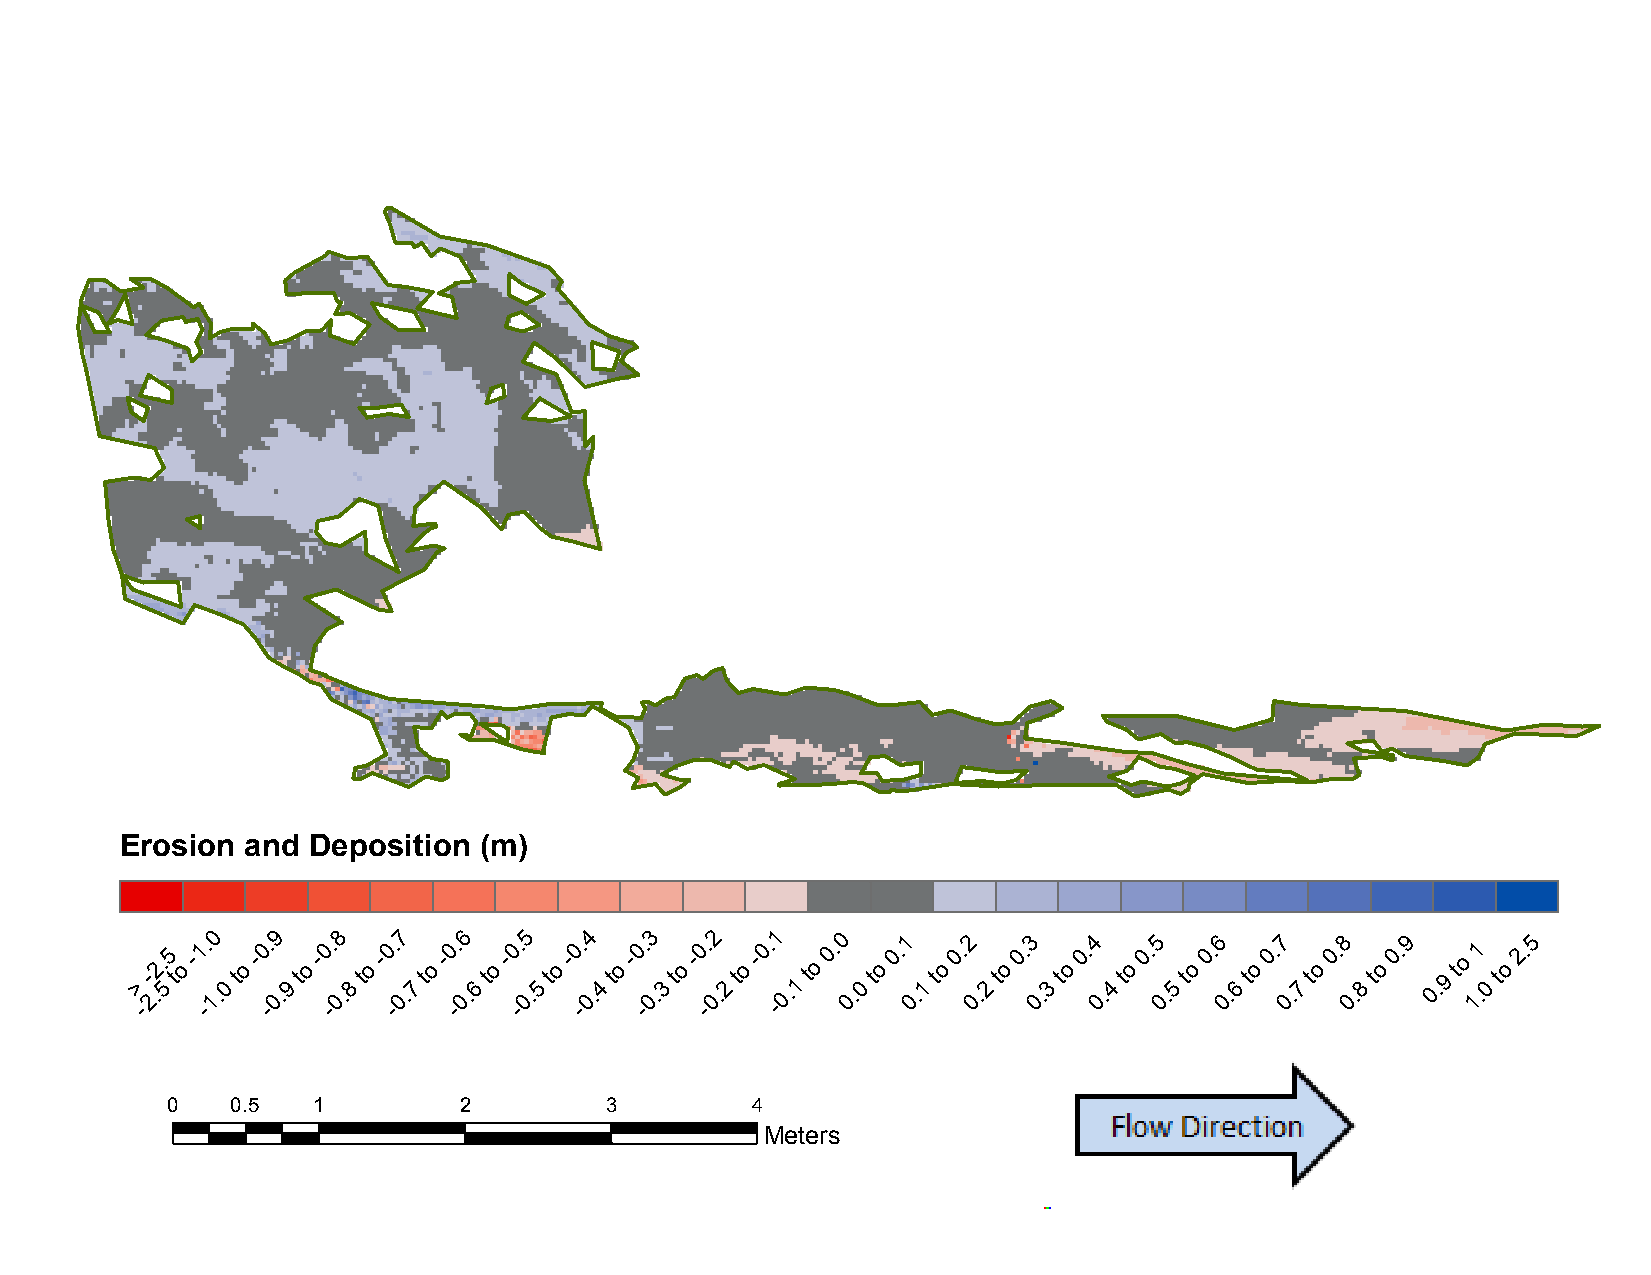
B15:     November           2012     to  November           2013
 Erosion and Deposition  (m)
 >
 -
 -
 2.2.
 5
 5
 t
 o
 -1 -. 10
 .0
 to
 -0 -. 09
 .9
 to
 -0 -. 08
 .8
 to
 -0 -. 07
 .7
 to
 -0 -. 06
 .6
 to
 -0 -. 05
 .5
 to
 -0 -. 04
 .4
 to
 -0 -. 03
 .3
 to
 -0 -. 02
 .2
 to
 -0. -1
 0.1
 to
 0. 0
 0.
 0
 to
 0.1
 0
 .1
 to
 0.2
 0
 .2
 to
 0.3
 0
 .3
 to
 0.4
 0.
 4
 to
 0.5
 0.
 5
 to
 0.6
 0.
 6
 to
 0.7
 0.
 7
 to
 0.8
 0.
 8
 to
 0.9
 0
 .9
 to
 11
 .0
 to
 2.5
 0   0.5   1        2         3         4
 Meters